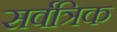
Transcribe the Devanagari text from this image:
सर्वत्रिक